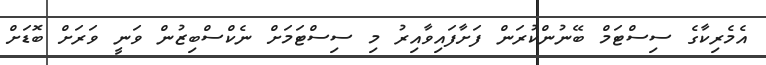
އެމެރިކާގެ ސިސްޓަމް ބޭނުންކުރަން ފަށާފައިވާއިރު މި ސިސްޓަމަށް ނެކްސްބިޒުން ވަނީ ވަރަށް ބޮޑަށް